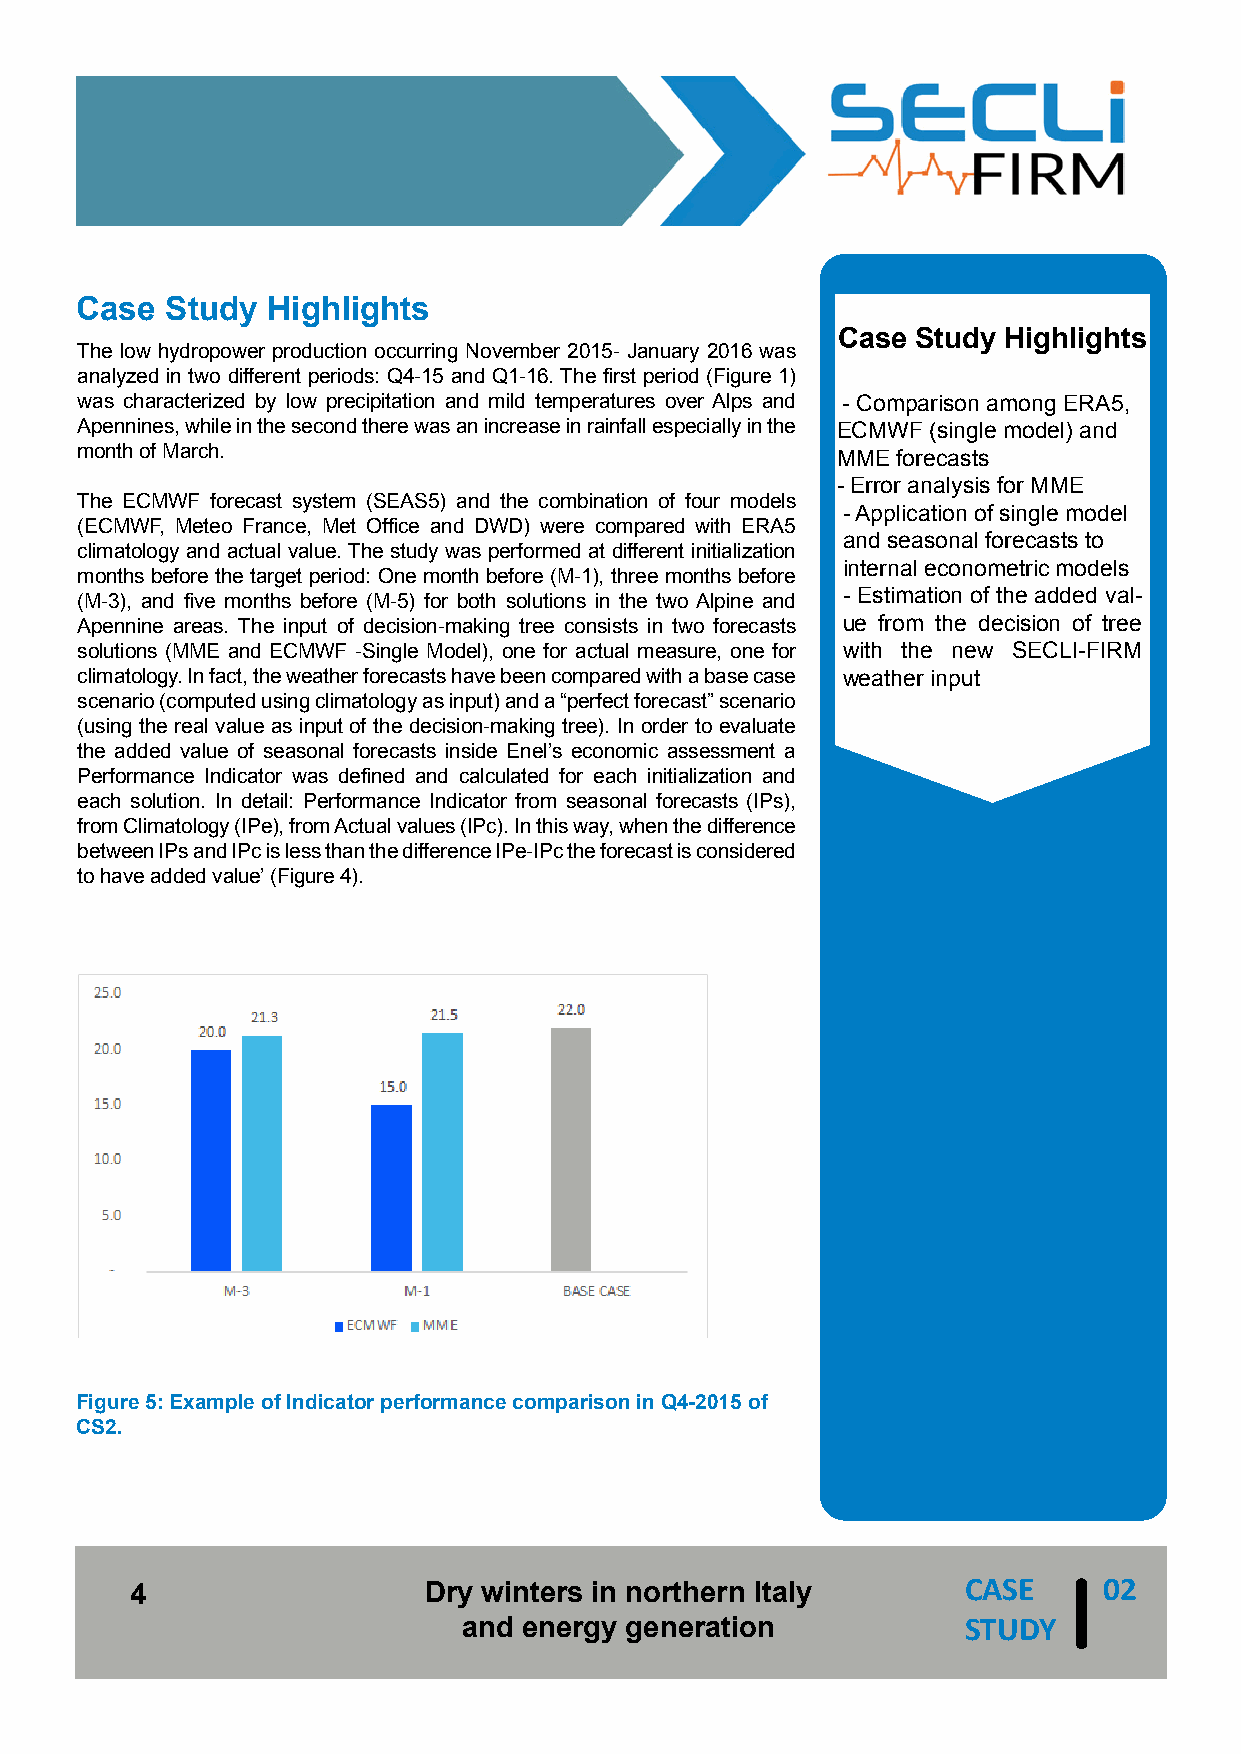
Case  Study  Highlights
 Case  Study Highlights
 The low hydropower production occurring November 2015- January 2016 was
 analyzed in two different periods: Q4-15 and Q1-16. The first period (Figure 1)
 was characterized by low precipitation and mild temperatures over Alps and - Comparison among ERA5,
 Apennines, while in the second there was an increase in rainfall especially in the ECMWF (single model) and
 month of March.                                   MME forecasts
 - Error analysis for MME
 The ECMWF forecast system (SEAS5) and the combination of four models
 - Application of single model
 (ECMWF, Meteo France, Met Office and DWD) were compared with ERA5
 and seasonal forecasts to
 climatology and actual value. The study was performed at different initialization
 internal econometric models
 months before the target period: One month before (M-1), three months before
 - Estimation of the added val-
 (M-3), and five months before (M-5) for both solutions in the two Alpine and
 Apennine areas. The input of decision-making tree consists in two forecasts ue from the decision of tree
 solutions (MME and ECMWF -Single Model), one for actual measure, one for with the new SECLI-FIRM
 climatology. In fact, the weather forecasts have been compared with a base case weather input
 scenario (computed using climatology as input) and a “perfect forecast” scenario
 (using the real value as input of the decision-making tree). In order to evaluate
 the added value of seasonal forecasts inside Enel’s economic assessment a
 Performance Indicator was defined and calculated for each initialization and
 each solution. In detail: Performance Indicator from seasonal forecasts (IPs),
 from Climatology (IPe), from Actual values (IPc). In this way, when the difference
 between IPs and IPc is less than the difference IPe-IPc the forecast is considered
 to have added value’ (Figure 4).
 Figure 5: Example of Indicator performance comparison in Q4-2015 of
 CS2.
 CASE     02
 4                  Dry winters in northern Italy
 and energy generation            STUDY